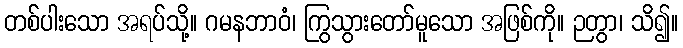
တစ်ပါးသော အရပ်သို့။ ဂမနဘာဝံ၊ ကြွသွားတော်မူသော အဖြစ်ကို။ ဉတွာ၊ သိ၍။